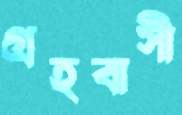
গ্রহবাসী